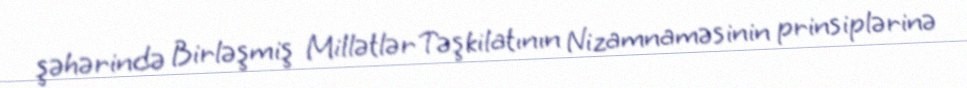
şəhərində Birləşmiş Millətlər Təşkilatının Nizamnaməsinin prinsiplərinə